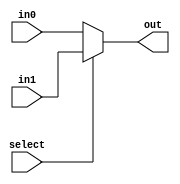
module mux2to1(input            select,
               input[15:0]      in0, in1,
               output reg[15:0] out);

always@(*)
   if (select == 1'b1)
      out = in1;
   else
      out = in0;

endmodule